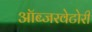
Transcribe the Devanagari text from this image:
ऑब्जरवेटोरी